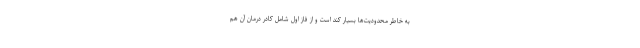
به خاطر محدودیت‌ها بسیار کند است و از فاز اول شامل کادر درمان آن هم